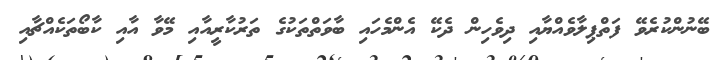
ބޭނުންކުރެވޭ ފަތްޕިލާވެއްޔާއި ދިވެހިން ދެކޭ އެންމެހައި ބާވަތްތަކުގެ ތަރުކާރީއާއި މޭވާ އާއި ކާބޯތަކެއްޗާއި